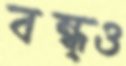
বন্ধ্ও